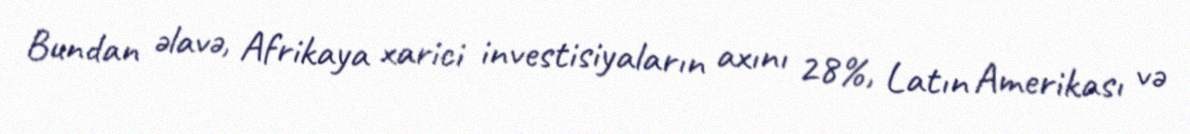
Bundan əlavə, Afrikaya xarici investisiyaların axını 28%, Latın Amerikası və